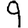
Digit: 9